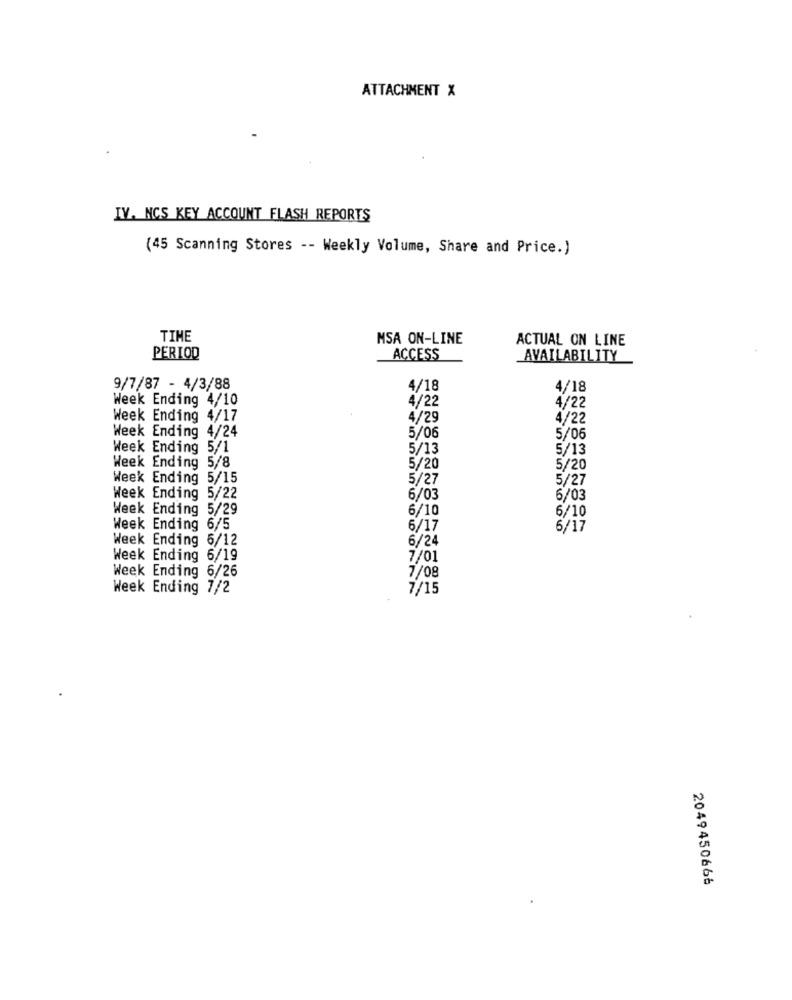
ATTACHMENT X
IV. NCS KEY ACCOUNT FLASH REPORTS
(45 Scanning Stores -- Weekly Volume, Share and Price.)
TIME
MSA ON-LINE
ACTUAL ON LINE
PERIOD
ACCESS
AVAILABILITY
9/7/87 - 4/3/88
4/18
4/18
Week Ending 4/10
4/22
4/22
Week Ending 4/17
4/29
4/22
Week Ending 4/24
5/06
5/06
Week Ending 5/1
5/13
5/13
Week Ending 5/8
5/20
5/20
Week Ending 5/15
5/27
5/27
Week Ending 5/22
6/03
6/03
Week Ending 5/29
6/10
6/10
Week Ending 6/5
6/17
6/17
Week Ending 6/12
6/24
Week Ending 6/19
7/01
Week Ending 6/26
7/08
Week Ending 7/2
7/15
2049450666